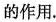
的作用.